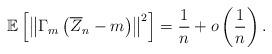
LaTeX: \begin{align*}\mathbb{E}\left[ \left\| \Gamma_{m}\left( \overline{Z}_{n} - m \right) \right\|^{2}\right] = \frac{1}{n} + o \left( \frac{1}{n}\right) .\end{align*}